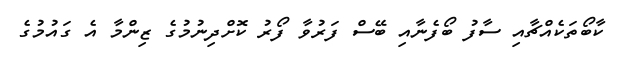
ކާބޯތަކެއްޗާއި ސާފު ބޯފެނާއި ބޭސް ފަރުވާ ފޯރު ކޮށްދިނުމުގެ ޒިންމާ އެ ގައުމުގެ